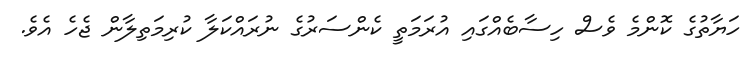
ހަޔާތުގެ ކޮންމެ ވެސް ހިސާބެއްގައި އުރަމަތީ ކެންސަރުގެ ނުރައްކަލާ ކުރިމަތިލާން ޖެހެ އެވެ.